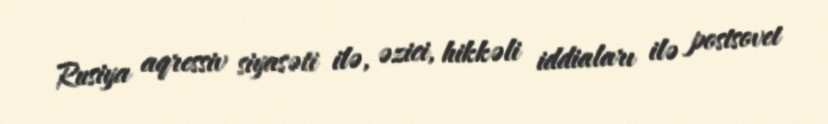
Rusiya aqressiv siyasəti ilə, əzici, hikkəli iddiaları ilə postsovet